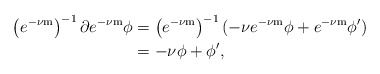
\begin{align*}\left(e^{-\nu\mathrm{m}}\right)^{-1}\partial e^{-\nu\mathrm{m}}\phi & =\left(e^{-\nu\mathrm{m}}\right)^{-1}(-\nu e^{-\nu\mathrm{m}}\phi+e^{-\nu\mathrm{m}}\phi')\\ & =-\nu\phi+\phi',\end{align*}